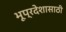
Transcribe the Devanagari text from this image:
भूप्रदेशासाठी